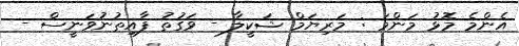
އެންމެ މޮޅު މަންމަ : މަރިޔަމް ޝަކީލާ - ވަގުތު ފާއިތުނުވަނީސް -